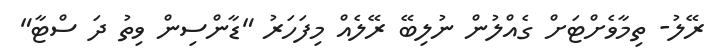
ރޭލު- ތިމާވެށްޓަށް ގެއްލުން ނުލިބޭ ރޭލެއް މިފަހަރު "ޑާންސިން ވިތު ދަ ސްޓާ"